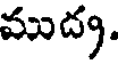
ముద్య.